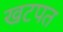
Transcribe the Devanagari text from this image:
खटपत